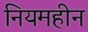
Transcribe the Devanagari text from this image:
नियमहीन